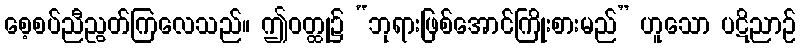
စေ့စပ်ညီညွတ်ကြလေသည်။ ဤဝတ္ထု၌ “ဘုရားဖြစ်အောင်ကြိုးစားမည်” ဟူသော ပဋိညာဉ်